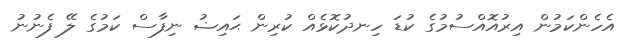
އެހެންކަމުން އިރުއޮއްސުމުގެ ކުޑަ ހިނދުކޮޅެއް ކުރިން ޙައިޟު ނިފާސް ކަމުގެ ލޭ ފެނުނު